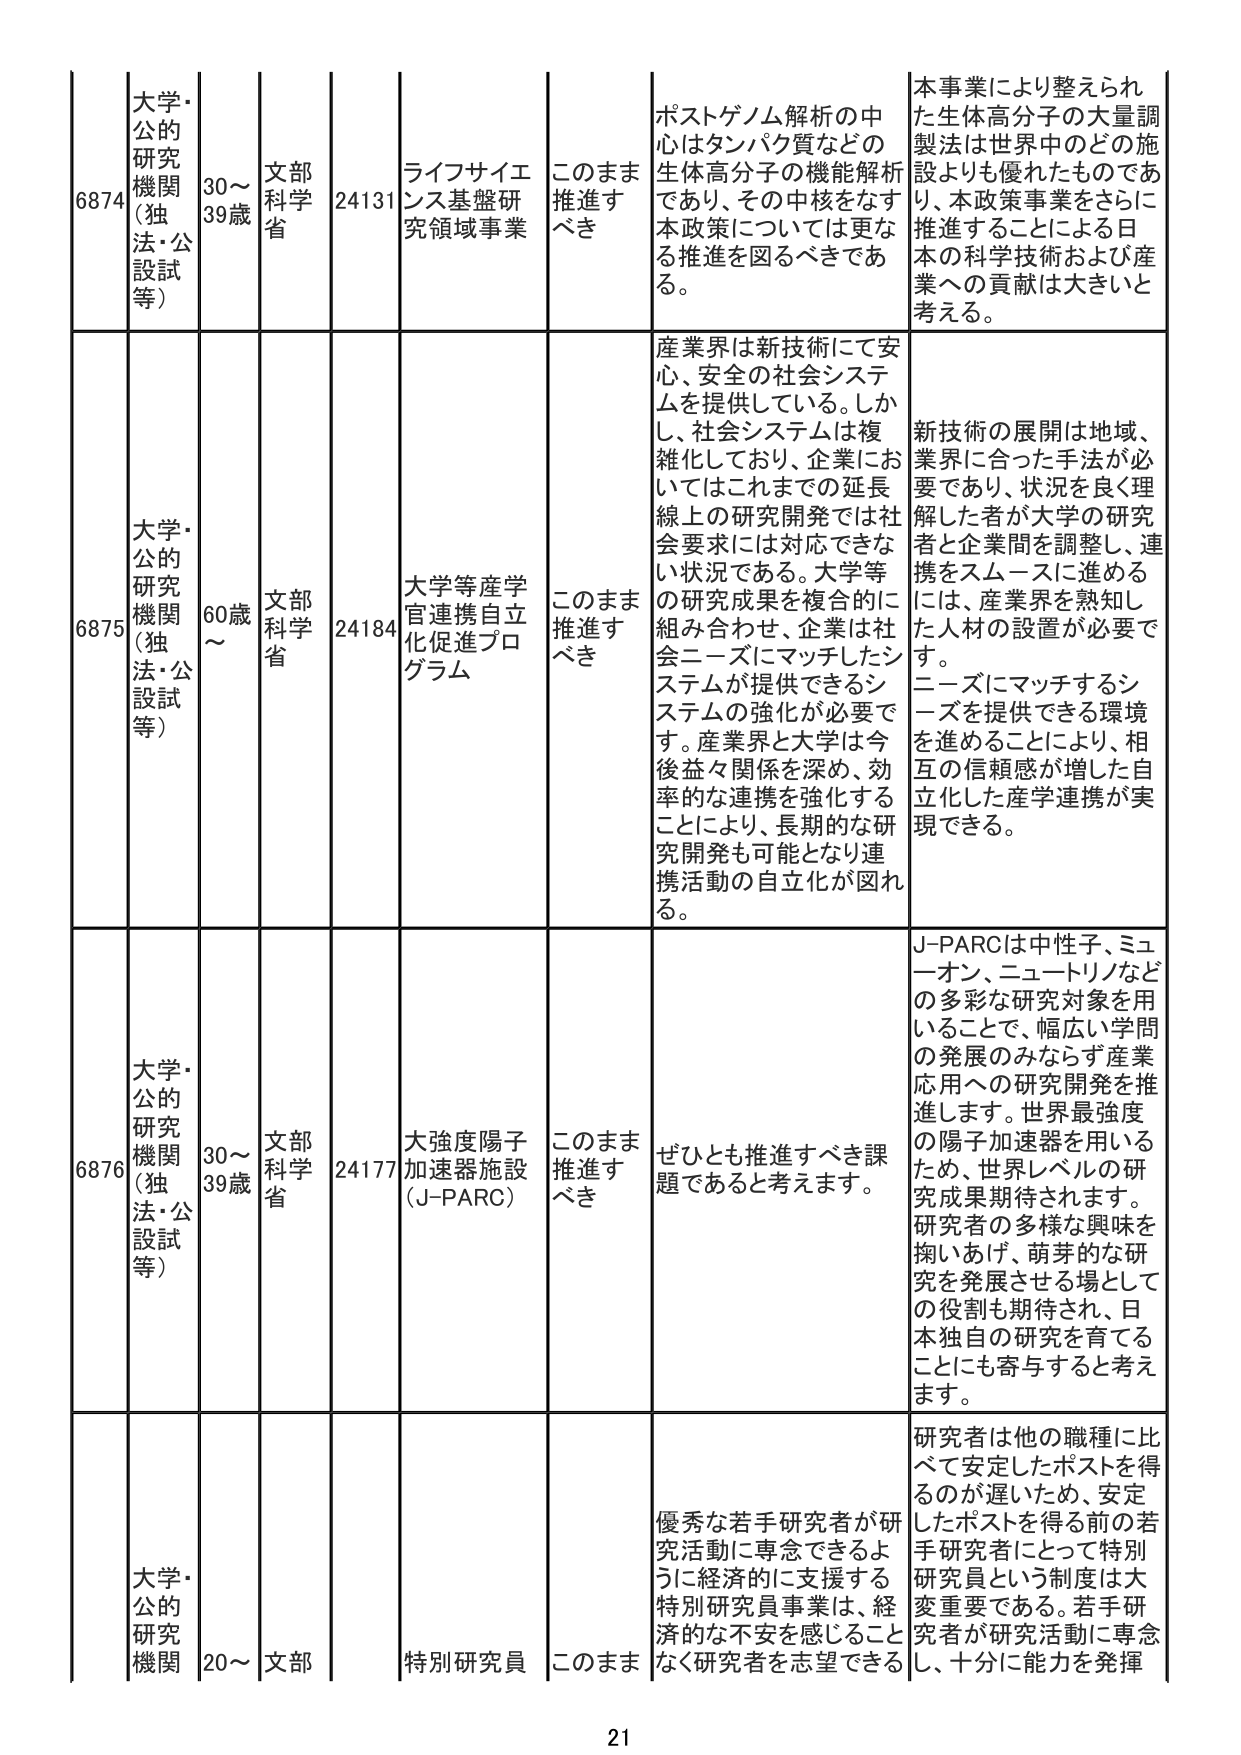
6874 大学・公的研究機関（独法・公設試等） 30～39歳 文部科学省 24131 ライフサイエンス基盤研究領域事業 このまま推進すべき ポストゲノム解析の中心はタンパク質などの生体高分子の機能解析であり、その中核をなす本政策については更なる推進を図るべきである。 本事業により整えられた生体高分子の大量調製法は世界中のどの施設よりも優れたものであり、本政策事業をさらに推進することによる日本の科学技術および産業への貢献は大きいと考える。

6875 大学・公的研究機関（独法・公設試等） 60歳～ 文部科学省 24184 大学等産学官連携自立化促進プログラム このまま推進すべき 産業界は新技術にて安心、安全の社会システムを提供している。しかし、社会システムは複雑化しており、企業においてはこれまでの延長線上の研究開発では社会要求には対応できない状況である。大学等の研究成果を複合的に組み合わせ、企業は社会ニーズにマッチしたシステムが提供できるシステムの強化が必要です。産業界と大学は今後益々関係を深め、効率的な連携を強化することにより、長期的な研究開発も可能となり連携活動の自立化が図れる。 新技術の展開は地域、業界に合った手法が必要であり、状況を良く理解した者が大学の研究者と企業間を調整し、連携をスムーズに進めるには、産業界を熟知した人材の設置が必要です。ニーズにマッチするシーズを提供できる環境を進めることにより、相互の信頼感が増した自立化した産学連携が実現できる。

6876 大学・公的研究機関（独法・公設試等） 30～39歳 文部科学省 24177 大強度陽子加速器施設（J-PARC） このまま推進すべき ぜひとも推進すべき課題であると考えます。 J-PARCは中性子、ミューオン、ニュートリノなどの多彩な研究対象を用いることで、幅広い学問の発展のみならず産業応用への研究開発を推進します。世界最強度の陽子加速器を用いるため、世界レベルの研究成果期待されます。研究者の多様な興味を掬いあげ、萌芽的な研究を発展させる場としての役割も期待され、日本独自の研究を育てることにも寄与すると考えます。

大学・公的研究機関 20～ 文部 特別研究員 このまま 優秀な若手研究者が研究活動に専念できるように経済的に支援する特別研究員事業は、経済的な不安を感じることなく研究者を志望できる 研究者は他の職種に比べて安定したポストを得るのが遅いため、安定したポストを得る前の若手研究者にとって特別研究員という制度は大変重要である。若手研究者が研究活動に専念し、十分に能力を発揮

21